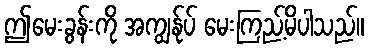
ဤမေးခွန်းကို အကျွန်ုပ် မေးကြည့်မိပါသည်။